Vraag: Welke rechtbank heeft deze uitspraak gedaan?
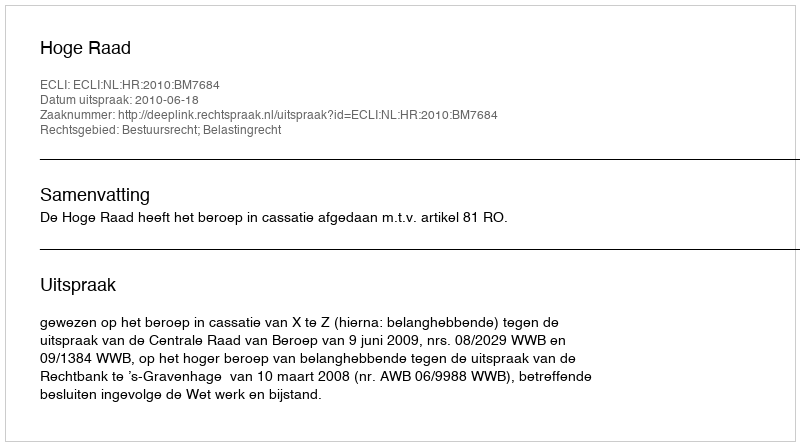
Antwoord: Hoge Raad